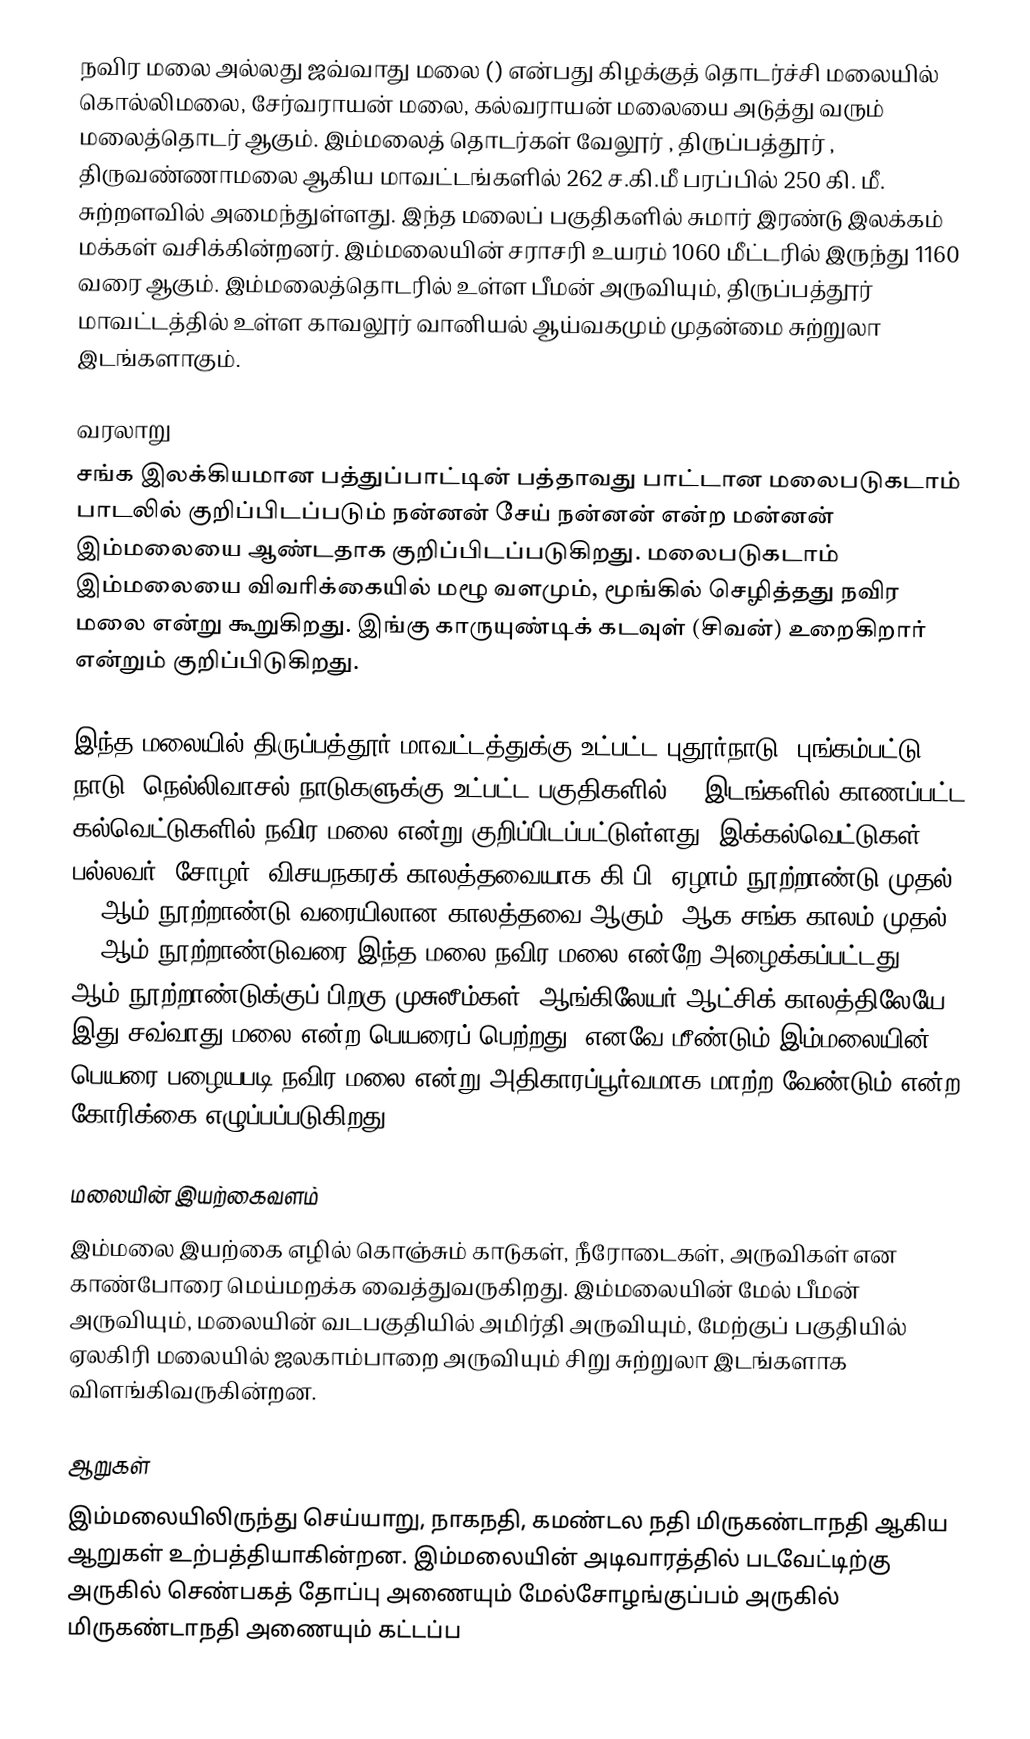
நவிர மலை அல்லது ஜவ்வாது மலை () என்பது கிழக்குத் தொடர்ச்சி மலையில் கொல்லிமலை, சேர்வராயன் மலை, கல்வராயன் மலையை அடுத்து வரும் மலைத்தொடர் ஆகும். இம்மலைத் தொடர்கள் வேலூர் , திருப்பத்தூர் , திருவண்ணாமலை ஆகிய மாவட்டங்களில் 262 ச.கி.மீ பரப்பில் 250 கி. மீ. சுற்றளவில் அமைந்துள்ளது. இந்த மலைப் பகுதிகளில் சுமார் இரண்டு இலக்கம் மக்கள் வசிக்கின்றனர். இம்மலையின் சராசரி உயரம் 1060 மீட்டரில் இருந்து 1160 வரை ஆகும். இம்மலைத்தொடரில் உள்ள பீமன் அருவியும், திருப்பத்தூர் மாவட்டத்தில் உள்ள காவலூர் வானியல் ஆய்வகமும் முதன்மை சுற்றுலா இடங்களாகும்.

வரலாறு
சங்க இலக்கியமான பத்துப்பாட்டின் பத்தாவது பாட்டான மலைபடுகடாம் பாடலில் குறிப்பிடப்படும் நன்னன் சேய் நன்னன் என்ற மன்னன் இம்மலையை ஆண்டதாக குறிப்பிடப்படுகிறது. மலைபடுகடாம் இம்மலையை விவரிக்கையில் மழூ வளமும், மூங்கில் செழித்தது நவிர மலை என்று கூறுகிறது. இங்கு காருயுண்டிக் கடவுள் (சிவன்)  உறைகிறார் என்றும் குறிப்பிடுகிறது.

இந்த மலையில் திருப்பத்தூர் மாவட்டத்துக்கு உட்பட்ட புதூர்நாடு, புங்கம்பட்டு நாடு, நெல்லிவாசல் நாடுகளுக்கு உட்பட்ட பகுதிகளில் 12 இடங்களில் காணப்பட்ட கல்வெட்டுகளில் நவிர மலை என்று குறிப்பிடப்பட்டுள்ளது. இக்கல்வெட்டுகள் பல்லவர், சோழர், விசயநகரக் காலத்தவையாக கி.பி. ஏழாம் நூற்றாண்டு முதல் 16 ஆம் நூற்றாண்டு வரையிலான காலத்தவை ஆகும். ஆக சங்க காலம் முதல் 16 ஆம் நூற்றாண்டுவரை இந்த மலை நவிர மலை என்றே அழைக்கப்பட்டது. 16 ஆம் நூற்றாண்டுக்குப் பிறகு முசுலீம்கள், ஆங்கிலேயர் ஆட்சிக் காலத்திலேயே இது சவ்வாது மலை என்ற பெயரைப் பெற்றது. எனவே மீண்டும் இம்மலையின் பெயரை பழையபடி நவிர மலை என்று அதிகாரப்பூர்வமாக மாற்ற வேண்டும் என்ற கோரிக்கை எழுப்பப்படுகிறது.

மலையின் இயற்கைவளம்
இம்மலை இயற்கை எழில் கொஞ்சும் காடுகள், நீரோடைகள், அருவிகள் என காண்போரை  மெய்மறக்க வைத்துவருகிறது. இம்மலையின் மேல் பீமன் அருவியும், மலையின் வடபகுதியில் அமிர்தி அருவியும், மேற்குப் பகுதியில்  ஏலகிரி மலையில் ஜலகாம்பாறை அருவியும் சிறு சுற்றுலா இடங்களாக விளங்கிவருகின்றன.

ஆறுகள்
இம்மலையிலிருந்து செய்யாறு, நாகநதி, கமண்டல நதி மிருகண்டாநதி  ஆகிய ஆறுகள் உற்பத்தியாகின்றன. இம்மலையின் அடிவாரத்தில் படவேட்டிற்கு அருகில் செண்பகத் தோப்பு அணையும் மேல்சோழங்குப்பம் அருகில் மிருகண்டாநதி அணையும் கட்டப்ப